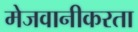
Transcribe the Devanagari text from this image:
मेजवानीकरता